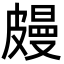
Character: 㿸